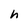
Character: h